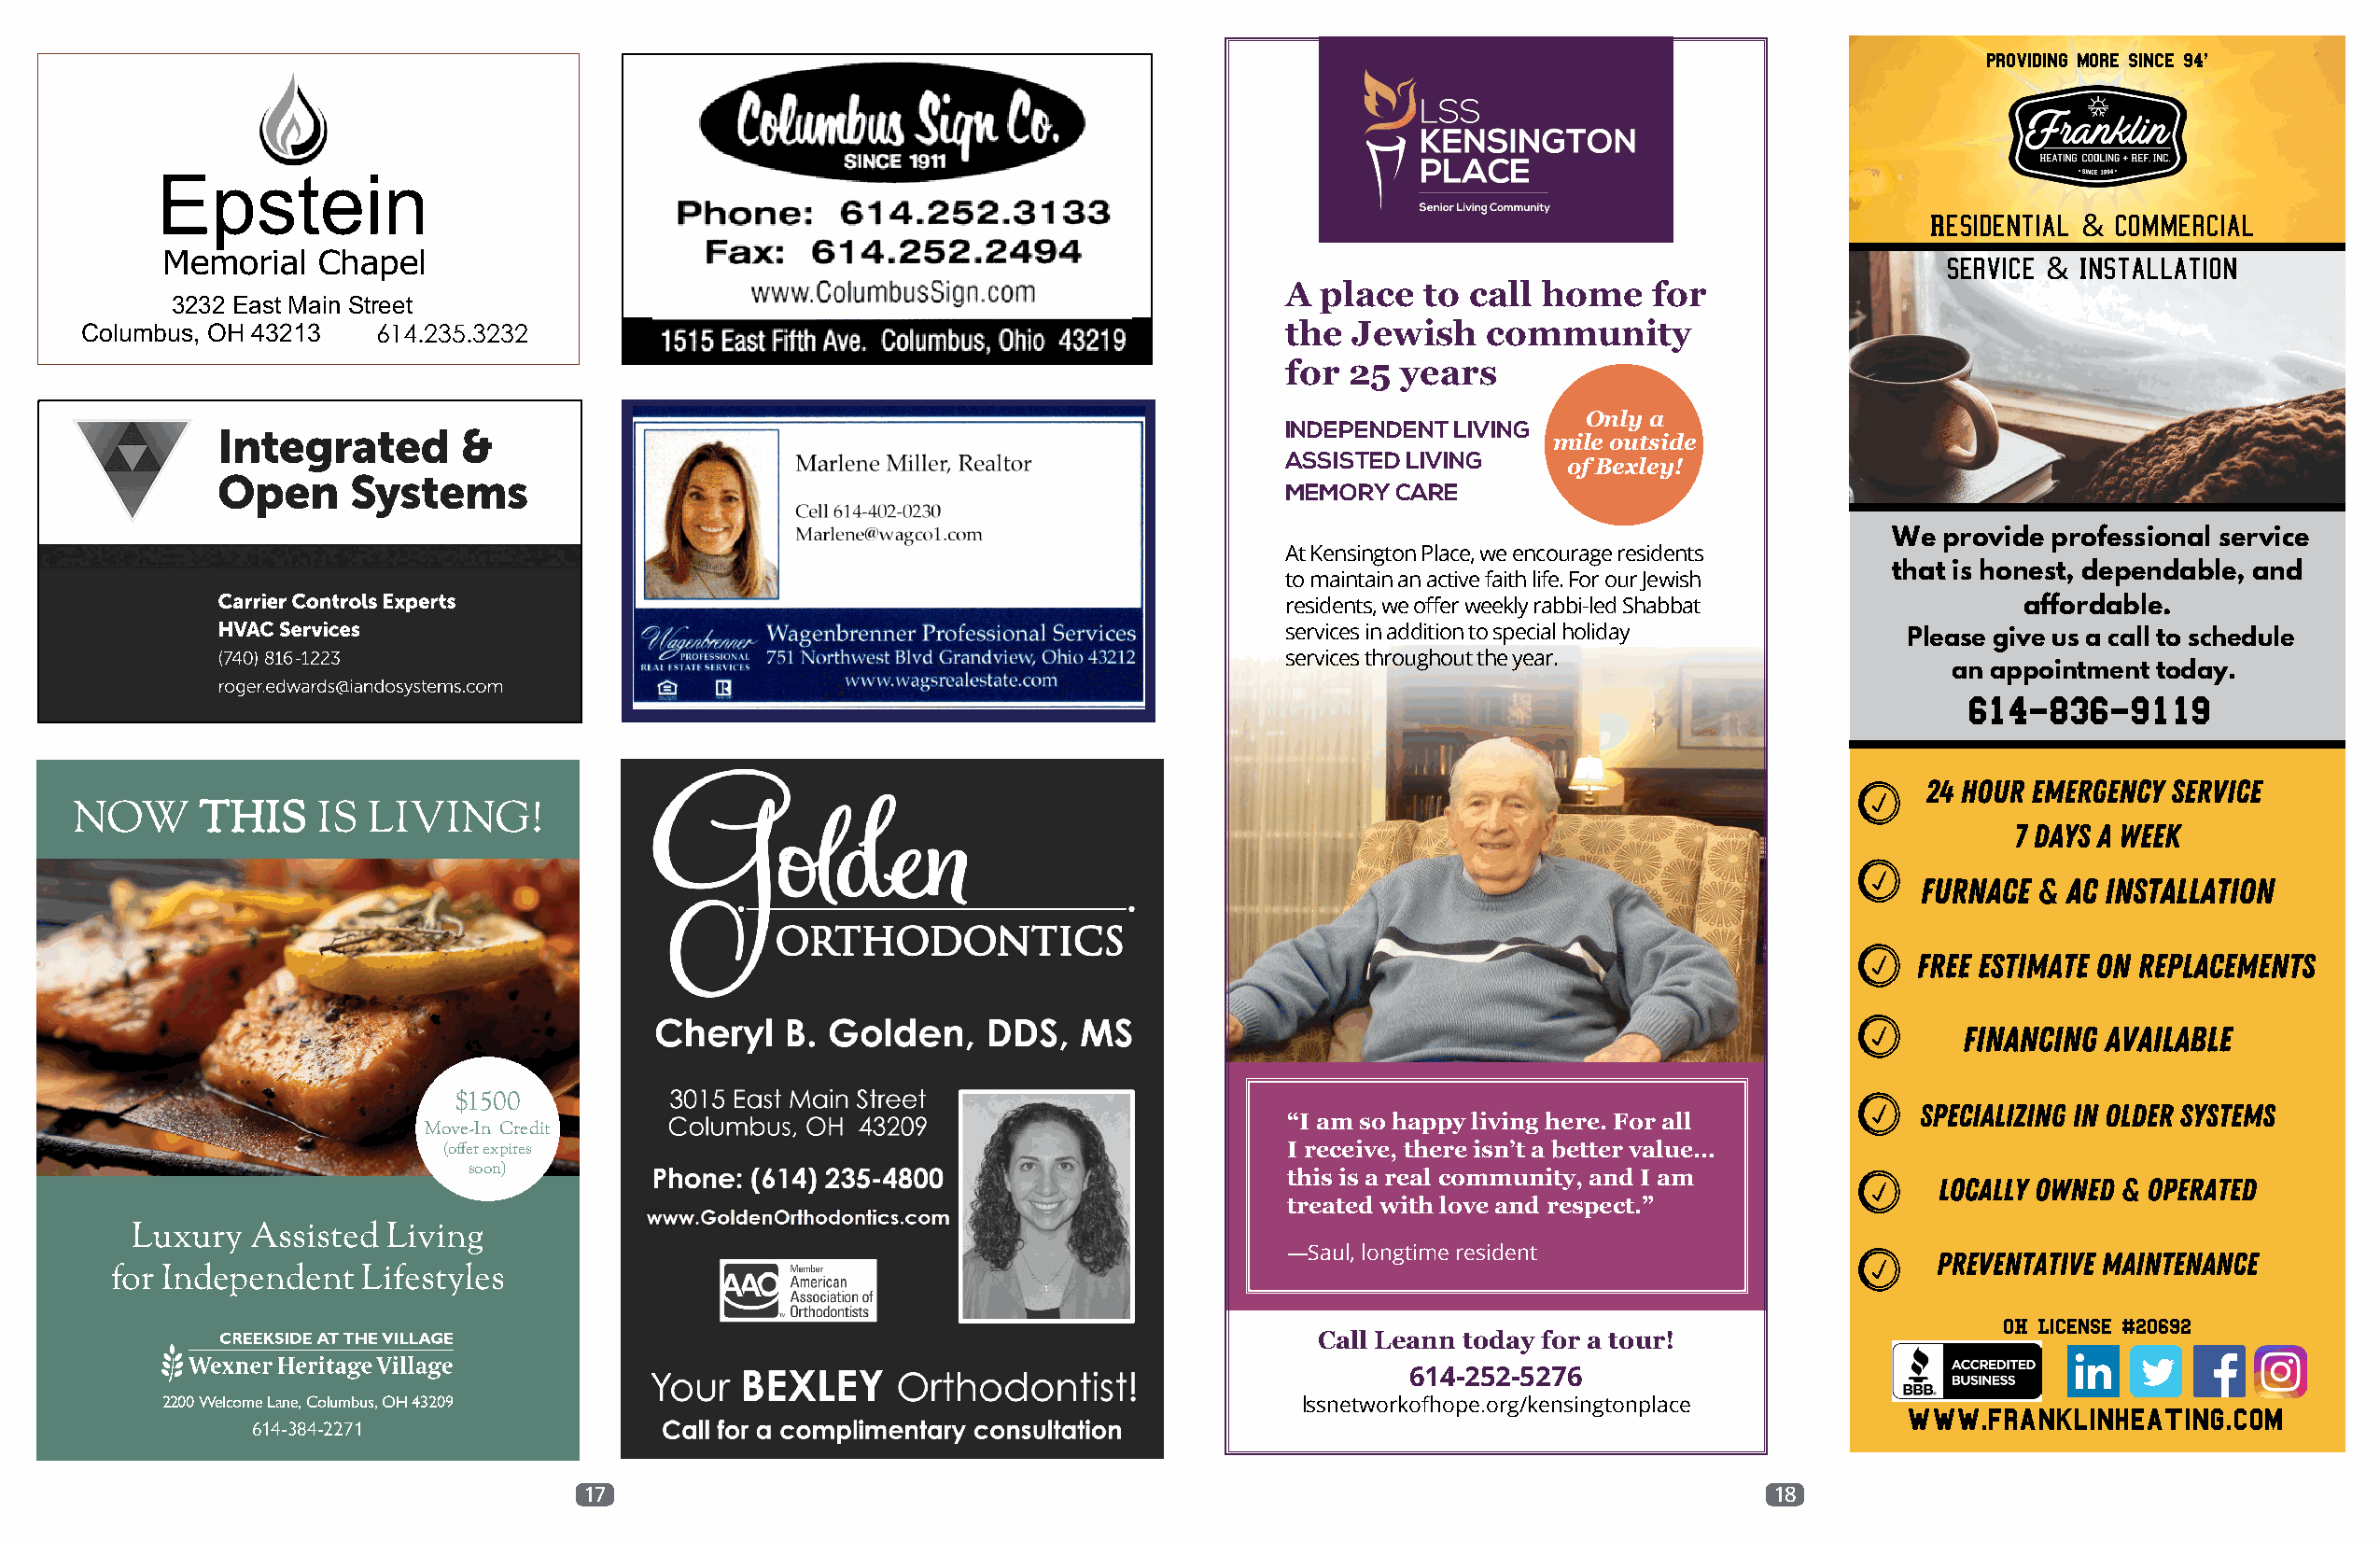
providing more since 94'
 Epstein
 Residential  Commercial
 &
 Memorial   Chapel                                                                                                             Service & Installation
 A  place  to call home    for
 3232 East Main Street
 Columbus, OH 43213   614.235.3232                                                    the  Jewish   community
 for  25 years
 Only a
 Integrated        &                                                         INDEPENDENT LIVING
 mile outside
 ASSISTED LIVING     of Bexley!
 Open      Systems
 MEMORY  CARE
 We  provide professional service
 At Kensington Place, we encourage residents
 that is honest, dependable, and
 to maintain an active faith life. For our Jewish
 Carrier Controls Experts                                                    residents, we offer weekly rabbi-led Shabbat         affordable.
 HVAC Services                                                               services in addition to special holiday
 Please give us a call to schedule
 (740) 816-1223                                                              services throughout the year.
 an appointment today.
 roger.edwards@iandosystems.com
 614-836-9119
 24 hour emergency service
 NOW      THIS    IS  LIVING!
 7 days a week
 Furnace  & Ac installation
 Free estimate on Replacements
 Financing available
 $1500                                                                                                   Specializing in older systems
 “I am so happy living here. For all
 Move-In Credit
 (offer expires                                              I receive, there isn’t a better value…
 soon)                                                     this is a real community, and I am            Locally owned & Operated
 treated with love and respect.”
 Luxury   Assisted Living
 —Saul, longtime resident                      Preventative Maintenance
 for Independent   Lifestyles
 OH License #20692
 Call Leann today for a tour!
 614-252-5276
 2200 Welcome Lane, Columbus, OH 43209                                           lssnetworkofhope.org/kensingtonplace
 www.franklinheating.com
 614-384-2271
 17                                                                                   18